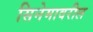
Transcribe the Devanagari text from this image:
सिनेमावरील